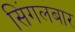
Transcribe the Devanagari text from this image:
सिंगलबार